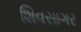
શિવસાગર